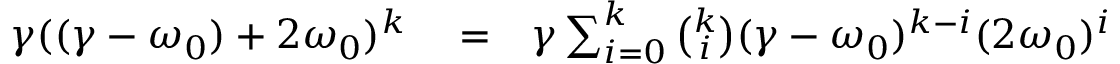
\begin{array} { r l r } { \gamma ( ( \gamma - \omega _ { 0 } ) + 2 \omega _ { 0 } ) ^ { k } } & { { } = } & { \gamma \sum _ { i = 0 } ^ { k } \binom { k } { i } ( \gamma - \omega _ { 0 } ) ^ { k - i } ( 2 \omega _ { 0 } ) ^ { i } } \end{array}